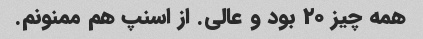
همه چیز ۲۰ بود و عالی. از اسنپ هم ممنونم.